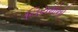
નિયમોનો